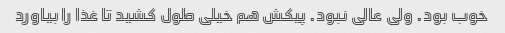
خوب بود. ولی عالی نبود. پیکش هم خیلی طول کشید تا غذا را بیاورد